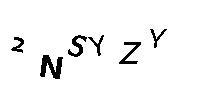
2NSYZY